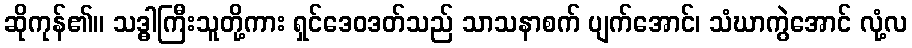
ဆိုကုန်၏။ သဒ္ဓါကြီးသူတို့ကား ရှင်ဒေဝဒတ်သည် သာသနာစက် ပျက်အောင်၊ သံဃာကွဲအောင် လုံ့လ